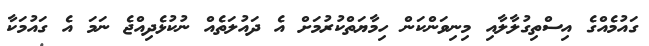
ގައުމެއްގެ އިސްތިގުލާލާއި މިނިވަންކަން ހިމާޔަތްކުރުމަށް އެ ދައުލަތެއް ނުކުޅެދިއްޖެ ނަމަ އެ ގައުމަކާ